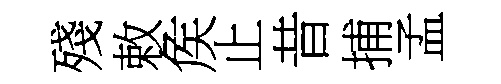
殘敕矦止昔捕孟